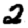
Digit: 2